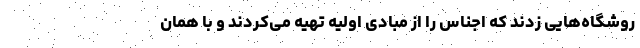
روشگاه‌هایی زدند که اجناس را از مبادی اولیه تهیه می‌کردند و با همان